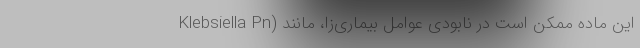
این ماده ممکن است در نابودی عوامل بیماری‌زا، مانند (Klebsiella Pn